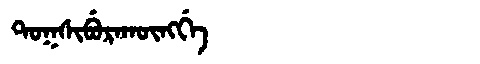
Manchu: ᡨᠣᡴᠰᡳᠪᡠᡵᠠᡴᡡᠩᡤᡝ
Romanization: TOKSIBURAKŪNGGE